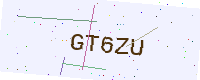
Text: GT6ZU